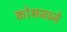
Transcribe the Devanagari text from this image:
कोसजाने